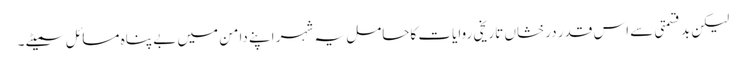
لیکن بد قسمتی سے اس قدر درخشاں تاریخی روایات کاحامل یہ شہر اپنے دامن میں بے پناہ مسائل سمیٹے ۔